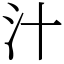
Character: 汁